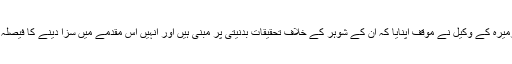
اکتوبر میں تفتیش سے بچنے کے لیے زمیرہ کے وکیل نے موقف اپنایا کہ ان کے شوہر کے خلاف تحقیقات بدنیتی پر مبنی ہیں اور انہیں اس مقدمے میں سزا دینے کا فیصلہ صدارتی انتظامیہ پہلے ہی کرچکی ہے۔